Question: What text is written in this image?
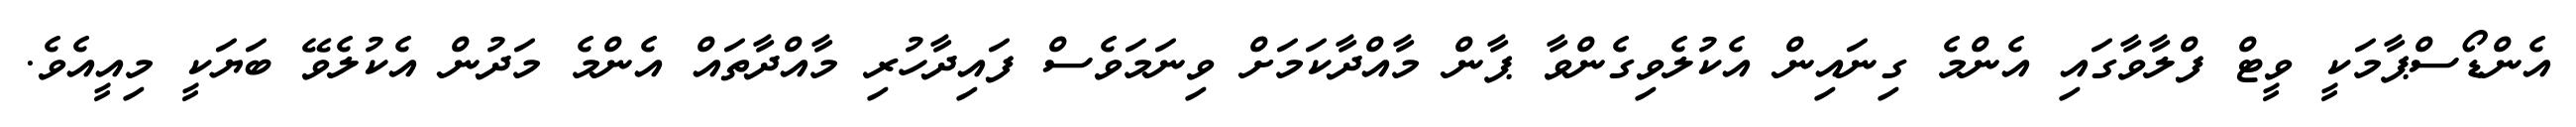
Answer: އެންޑޯސްޕާމަކީ ވީޓް ފްލާވާގައި އެންމެ ގިނައިން އެކުލެވިގެންވާ ޕާން މާއްދާކަމަށް ވިނަމަވެސް ފައިދާހުރި މާއްދާތައް އެންމެ މަދުން އެކުލެވޭ ބަޔަކީ މިއީއެވެ.